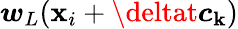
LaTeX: \boldsymbol{w}_{L}(\boldsymbol{\mathbf{x}}_{i}+\deltat\boldsymbol{c}_{\mathbf{k}})